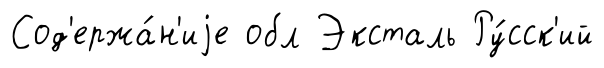
Сод'ержа́н'иjе обл Эксталь Ру́сск'ий